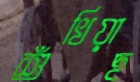
শুঁখিয়াছ